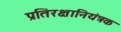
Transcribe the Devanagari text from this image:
प्रतिरक्षानियंत्रक